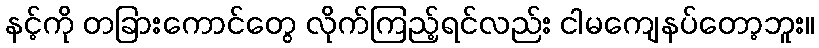
နင့်ကို တခြားကောင်တွေ လိုက်ကြည့်ရင်လည်း ငါမကျေနပ်တော့ဘူး။